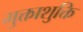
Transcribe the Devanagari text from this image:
मुक्ताशुक्ति